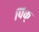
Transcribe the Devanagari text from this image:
पिक्